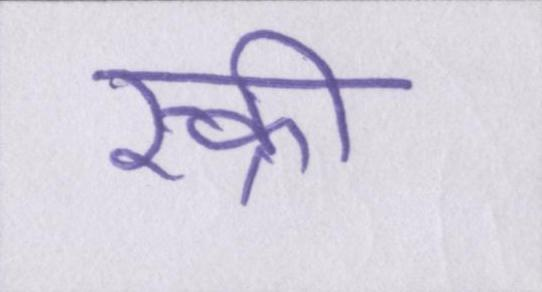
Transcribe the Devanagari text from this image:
स्क्री